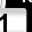
Digit: 1